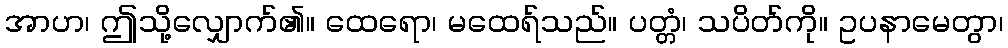
အာဟ၊ ဤသို့လျှောက်၏။ ထေရော၊ မထေရ်သည်။ ပတ္တံ၊ သပိတ်ကို။ ဥပနာမေတွာ၊